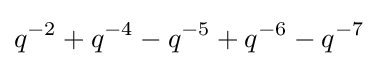
q^{-2}+q^{-4}-q^{-5}+q^{-6}-q^{-7}